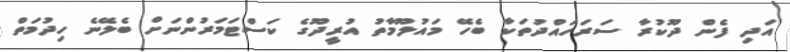
އަދި ފެން ދޫކުރާ ސަރަހައްދުތަކާ ބެހޭ މައުލޫމާތު އުރީދޫގެ ކަސްޓަމަރުންނަށް ބެލޭނެ ހިދުމަތް